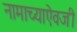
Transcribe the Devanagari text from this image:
नामाच्याऐवजी